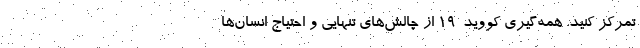
تمرکز کنید. همه‌گیری کووید-۱۹ از چالش‌های تنهایی و احتیاج انسان‌ها